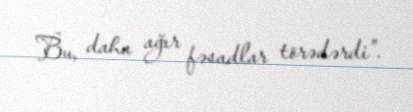
Bu, daha ağır fəsadlar törədərdi”.